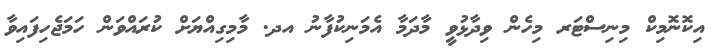
އިކޮނޮމިކް މިނިސްޓަރ މިހެން ވިދާޅުވީ މާދަމާ އެމަނިކުފާނު އދ. މާމިގިއްޔަށް ކުރައްވަން ހަމަޖެހިފައިވާ